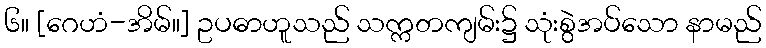
၆။ [ဂေဟံ-အိမ်။] ဥပဓာဟူသည် သက္ကတကျမ်း၌ သုံးစွဲအပ်သော နာမည်